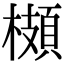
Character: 𩓡